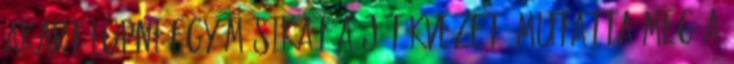
akart lopni egy másikat A játékvezető mutatta meg a